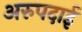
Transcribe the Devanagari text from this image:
अरुपदाई